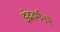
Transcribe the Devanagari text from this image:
इंद्रवर्मनने